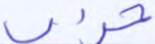
حزب